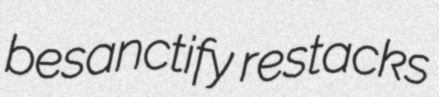
besanctify restacks